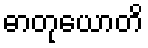
ဓာတုယောတိ